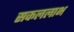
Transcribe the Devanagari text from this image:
सकललाभ